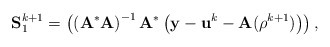
\begin{align*}\mathbf{S}_1^{k+1} = \left( \left(\mathbf{A}^*\mathbf{A} \right)^{-1}\mathbf{A}^*\left( \mathbf{y} - \mathbf{u}^k - \mathbf{A}(\mathbf{\rho}^{k+1}) \right) \right),\end{align*}